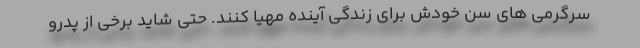
سرگرمی های سن خودش برای زندگی آینده مهیا کنند. حتی شاید برخی از پدرو